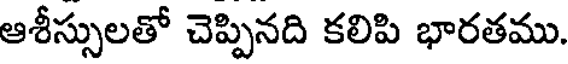
ఆశీస్సులతో చెప్పినది కలిపి భారతము.